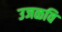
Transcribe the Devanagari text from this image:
उजळवि